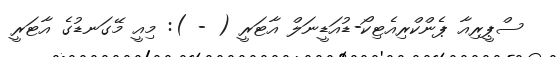
ސްޕީރިއާ ޕެންކްރިއެޓިކޯ-ޑުއަޑީނަލް އާޓަރީ ( - ): މިއީ މޭގަނޑުގެ އާޓަރީ